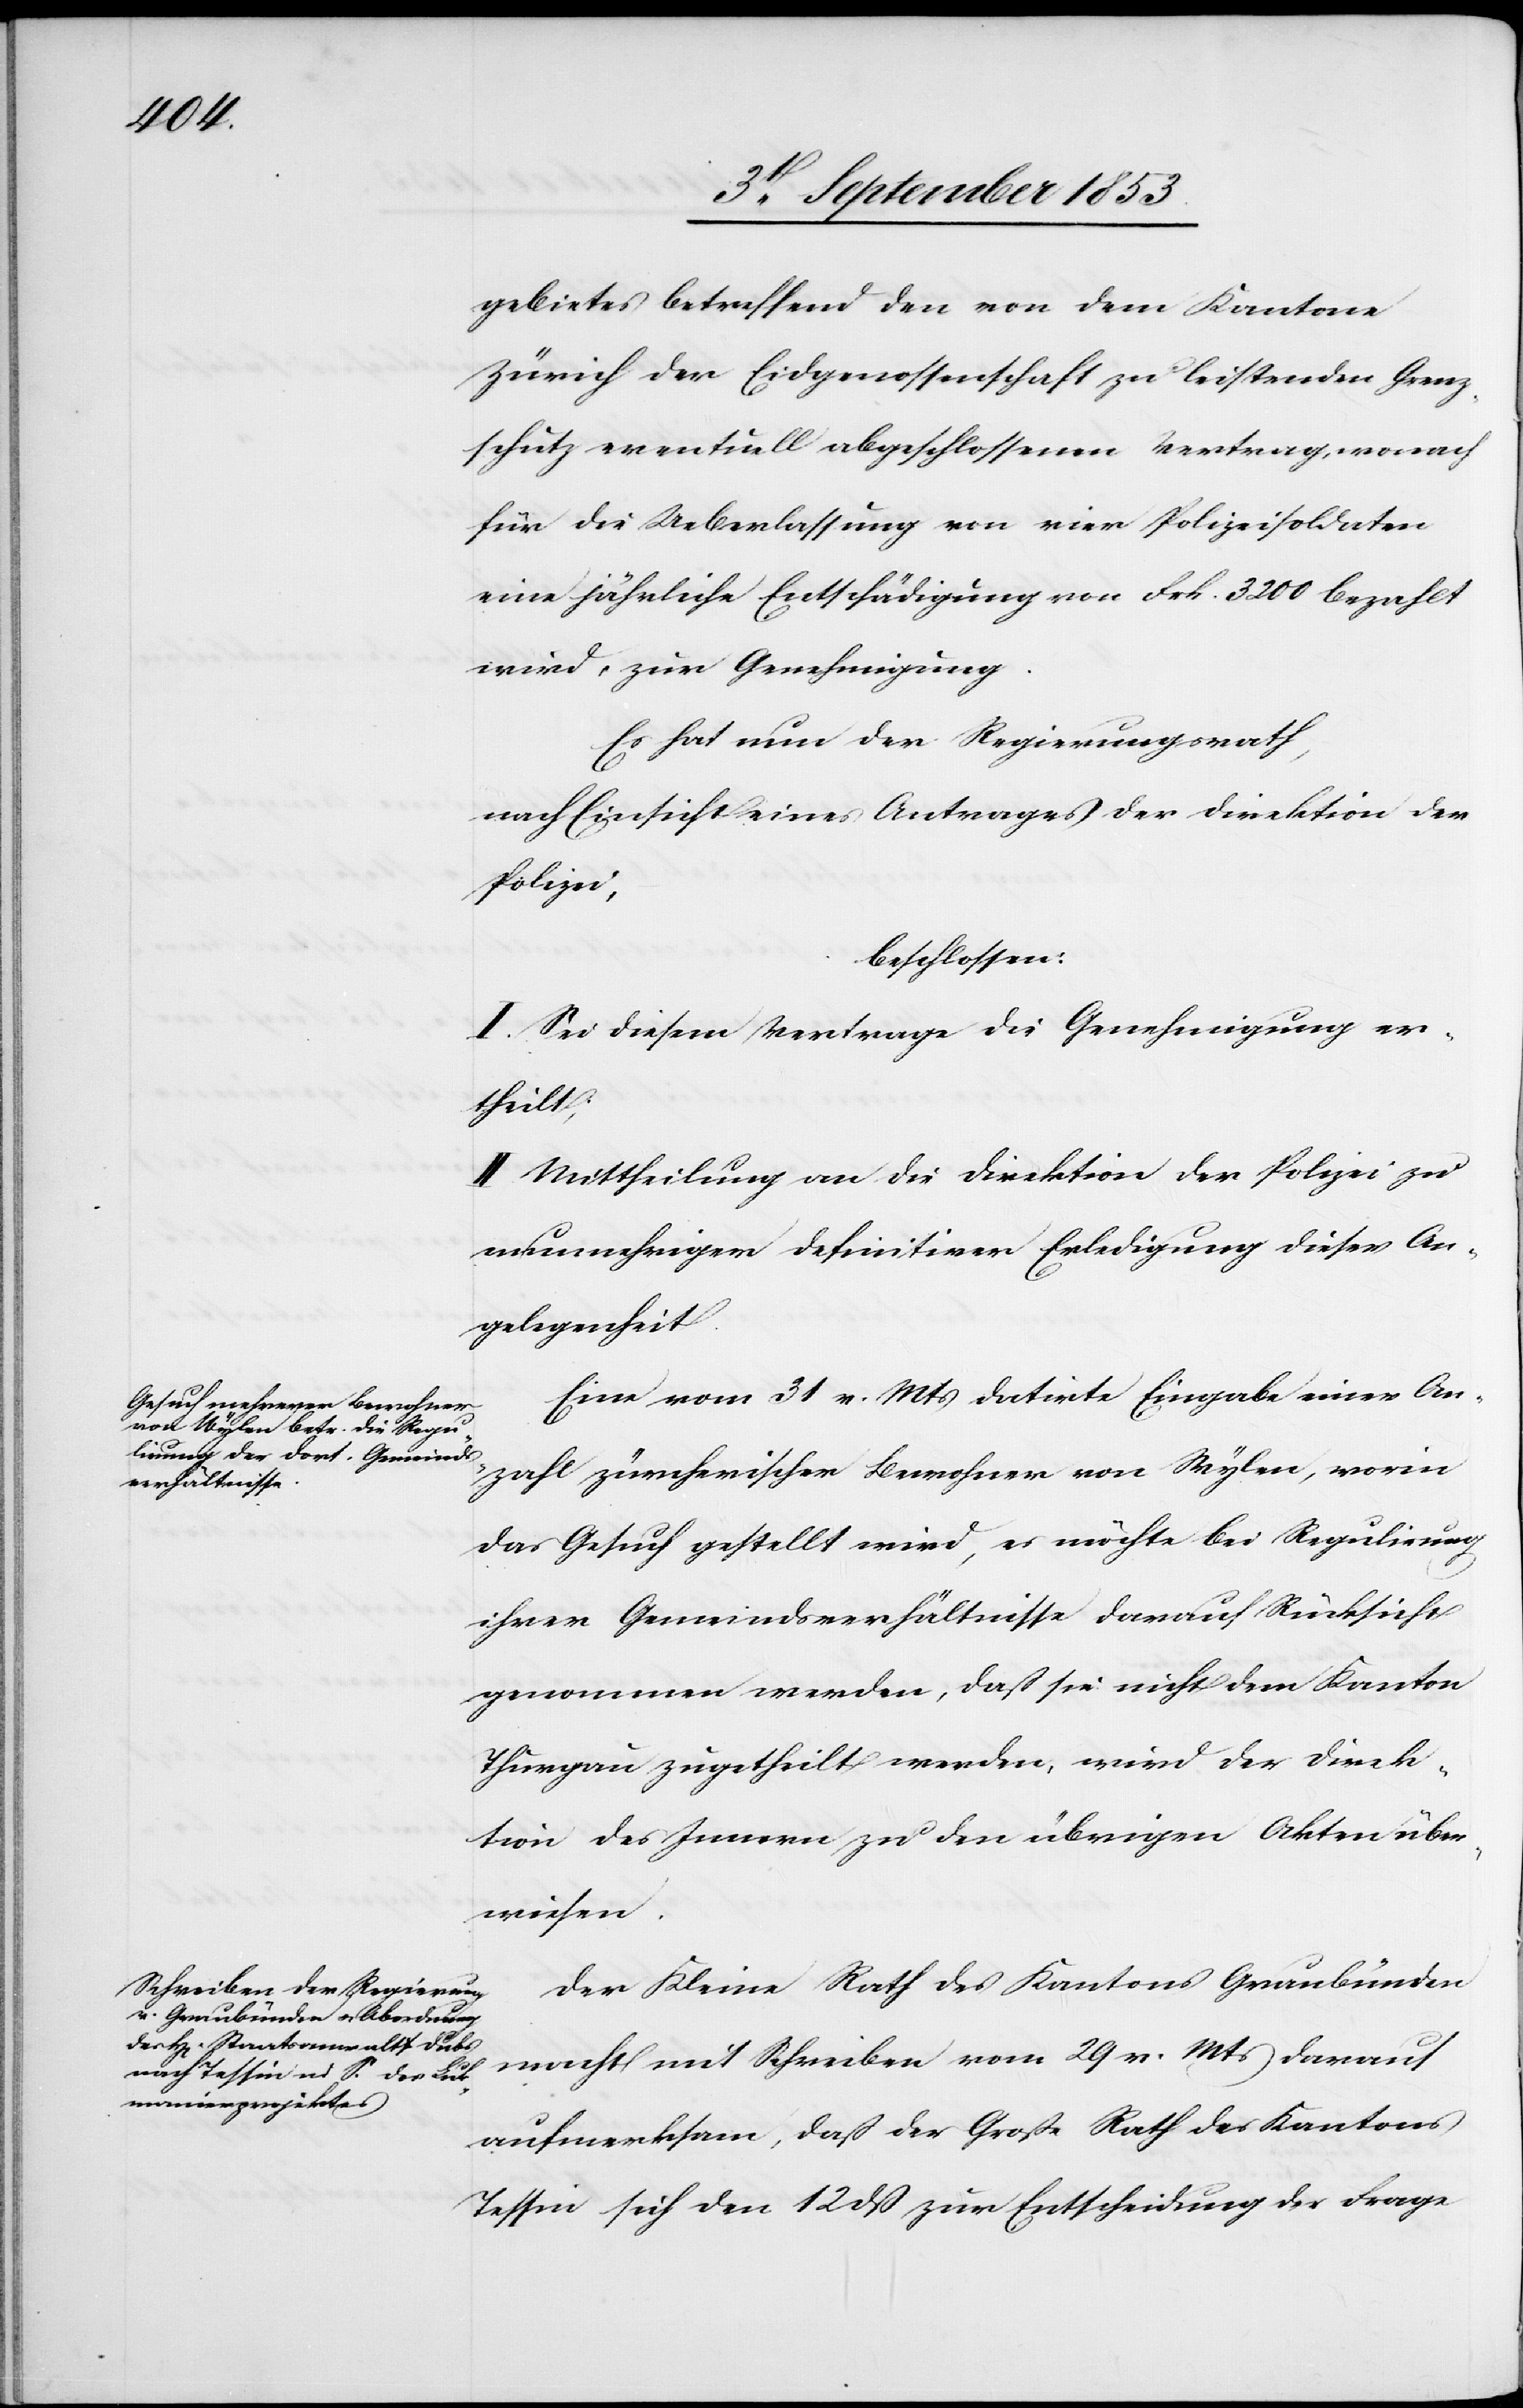
gebietes betreffend den von dem Kantone
Zürich der Eidgenossenschaft zu leistenden Grenz¬
schutz eventuell abgeschlossenen Vertrag, wonach
für die Ueberlassung von vier Polizeisoldaten
eine jährliche Entschädigung von Frk. 3200 bezahlt
wird, zur Genehmigung.
Es hat nun der Regierungsrath,
nach Einsicht eines Antrages der Direktion der
Polizei,
beschlossen:
I. Sei diesem Vertrage die Genehmigung er¬
theilt,
II. Mittheilung an die Direktion der Polizei zu
nunmehriger definitiver Erledigung dieser An¬
gelegenheit.
Eine vom 31 v. Mts. datirte Eingabe einer An¬
zahl zürcherischer Bewohner von Wylen, worin
das Gesuch gestellt wird, es möchte bei Regulirung
ihrer Gemeindsverhältnisse darauf Rücksicht
genommen werden, daß sie nicht dem Kanton
Thurgau zugetheilt werden, wird der Direk¬
tion des Innern zu den übrigen Akten über¬
wiesen.
Der Kleine Rath des Kantons Graubünden
macht mit Schreiben vom 29 v. Mts. darauf
aufmerksam, daß der Große Rath des Kantons
Tessin sich den 12 dß zur Entscheidung der Frage